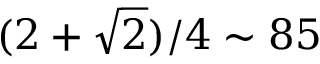
( 2 + \sqrt { 2 } ) / 4 \sim 8 5 \